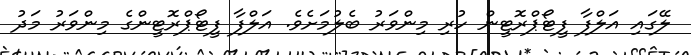
ލޭގައި އަލްފާ ފީޓޯޕްރޮޓީން ހުރި މިންވަރު ބެލުމަށެވެ. އަލްފާ ފީޓޯޕްރޮޓީންގެ މިންވަރު މަދު